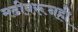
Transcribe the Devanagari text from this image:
मढीवरूनही